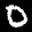
Label: 0